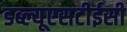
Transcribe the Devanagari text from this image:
डब्ल्यूएसटीईसी